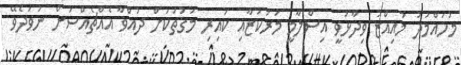
މުހައްމަދު މުއިއްޒު ވިދާޅުވީ އިސްލާމީ މަރުކަޒާއި ކައިރި މަގުތަކަށް ދުއްވާ އެއްޗެއްސަށް ނުވަދެވޭ